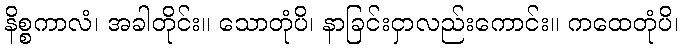
နိစ္စကာလံ၊ အခါတိုင်း။ သောတုံပိ၊ နာခြင်းငှာလည်းကောင်း။ ကထေတုံပိ၊